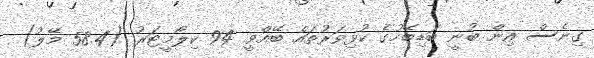
ގިނެސް އިން ބުނީ ބަޑިބޭހުގެ ކުޅިވަރުތައް ބޭއްވީ 94 ކިލޯމީޓަރު (58.4 މޭލު)